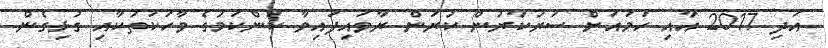
އަދި 2017 އާއި ހަމައަށް ސަރުކާރުން ކުރަން ރާވައިފައިވާ ކަންކަމުގެ ވާހަކަތަކާއި ގުޅިގެން